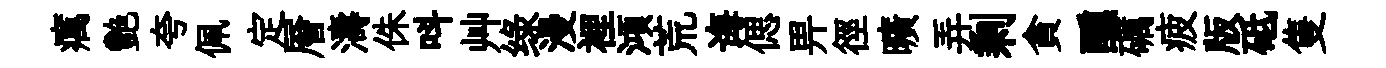
癘艷夸佩定層濤侏呌艸绿漫裡澒荒诲偲畀徑曠弄剩貪醺礪疲版砥隻